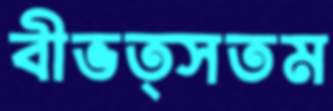
বীভত্সতম